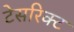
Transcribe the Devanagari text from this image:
टेसरिक्ट